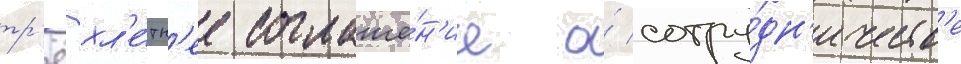
тр'ёхл'е́тн'ее соглаше́н'ие о́ сотру́дн'ичеств'е